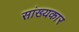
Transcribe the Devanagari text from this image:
सांख्यकार